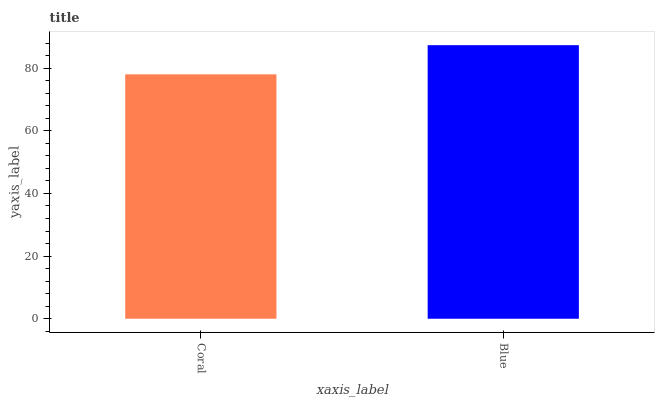
| xaxis_label | bars |
 | --- | --- |
 | Coral | 78 |
 | Blue | 87.3 |